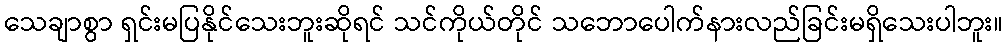
သေချာစွာ ရှင်းမပြနိုင်သေးဘူးဆိုရင် သင်ကိုယ်တိုင် သဘောပေါက်နားလည်ခြင်းမရှိသေးပါဘူး။